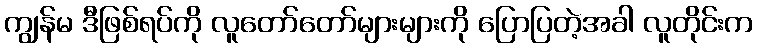
ကျွန်မ ဒီဖြစ်ရပ်ကို လူတော်တော်များများကို ပြောပြတဲ့အခါ လူတိုင်းက